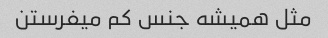
مثل همیشه جنس کم میفرستن